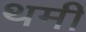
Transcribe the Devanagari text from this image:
थमी